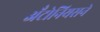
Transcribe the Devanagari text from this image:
अँटोनियसने